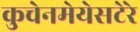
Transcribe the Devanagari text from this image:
कुचेनमेयेसटेरे